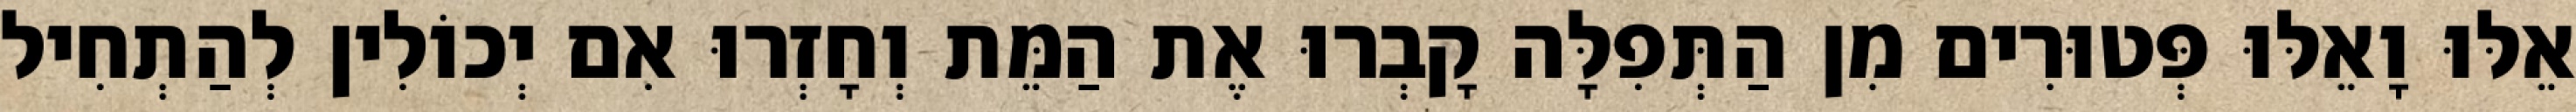
אֵלּוּ וָאֵלּוּ פְּטוּרִים מִן הַתְּפִלָּה קָבְרוּ אֶת הַמֵּת וְחָזְרוּ אִם יְכוֹלִין לְהַתְחִיל